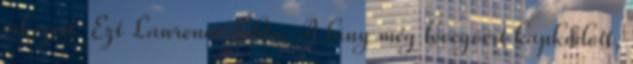
érkezett. Ezt Lawrence dobta. A lány még levegőért kapkodott,